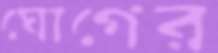
ঘোগের